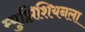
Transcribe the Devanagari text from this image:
म्युझिशियनला